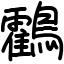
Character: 鸖